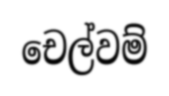
චෙල්වම්